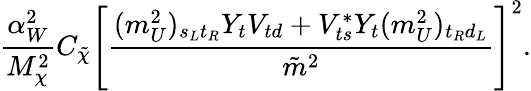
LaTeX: \frac{\alpha_{W}^{2}}{M_{\chi}^{2}}C_{\tilde{\chi}}\left[\frac{(m_{U}^{2})_{s_{L}t_{R}}Y_{t}V_{td}+V_{ts}^{*}Y_{t}(m_{U}^{2})_{t_{R}d_{L}}}{{\tilde{m}^{2}}}\right]^{2}.